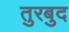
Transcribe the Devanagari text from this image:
तुरबुद